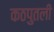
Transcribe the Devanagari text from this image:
कठपुतली